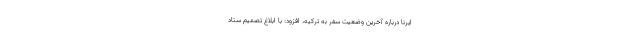
ایرنا درباره آخرین وضعیت سفر به ترکیه، افزود: با ابلاغ تصمیم ستاد